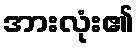
အားလုံး၏